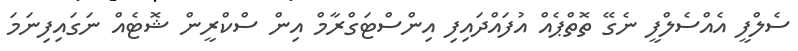
ސެލްފީ އެއްސެލްފީ ނެގޭ ތޮތްޕެއް އުފައްދައިފި އިންސްޓަގްރާމް އިން ސްކްރީން ޝޮޓެއް ނަގައިފިނަމަ